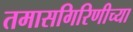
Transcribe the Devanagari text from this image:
तमासगिरिणीच्या